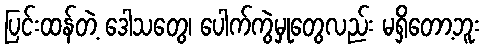
ပြင်းထန်တဲ့ ဒေါသတွေ၊ ပေါက်ကွဲမှုတွေလည်း မရှိတော့ဘူး